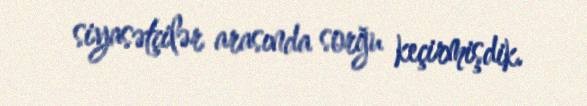
siyasətçilər arasında sorğu keçirmişdik.